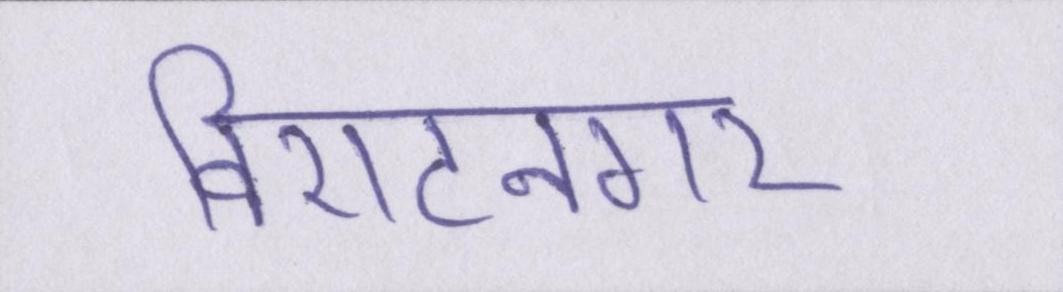
विराटनगर